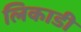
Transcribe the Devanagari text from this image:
लिकाडी